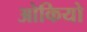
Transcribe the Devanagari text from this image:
ओकियो